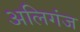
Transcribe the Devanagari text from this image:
अलिगंज